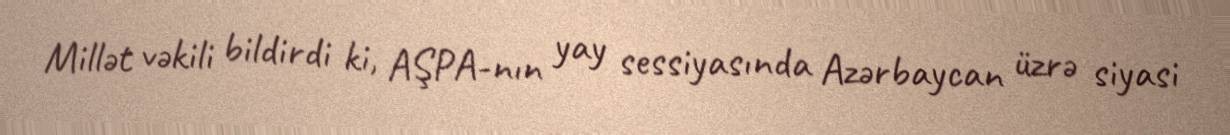
Millət vəkili bildirdi ki, AŞPA-nın yay sessiyasında Azərbaycan üzrə siyasi